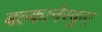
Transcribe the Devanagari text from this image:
बल्कानेस्कुए